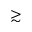
\gtrsim